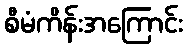
စီမံကိန်းအကြောင်း